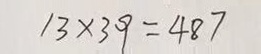
1 3 \times 3 9 = 4 8 7